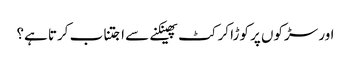
اور سڑکوں پر کوڑا کرکٹ پھینکنے سے اجتناب کرتا ہے؟